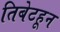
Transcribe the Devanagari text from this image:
तिबेटहून